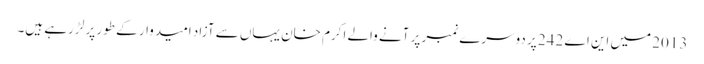
2013 میں این اے 242 پر دوسرے نمبر پر آنے والے اکرم خان یہاں سے آزاد امیدوار کے طور پر لڑ رہے ہیں۔